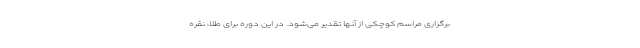
برگزاری مراسم کوچکی از آنها تقدیر می‌شود. در این دوره برای طلا، نقره